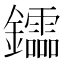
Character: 𨯻